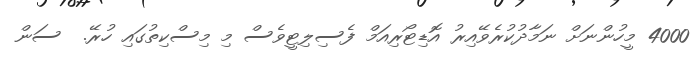
4000 މީހުންނަށް ނަމާދުކުރެވޭއިރު އޮޑިޓޯރިއަމް ފެސިލިޓީވެސް މި މިސްކިތުގައި ހުރޭ.  ސަން